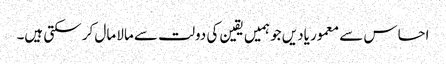
احساس سے معمور یادیں جو ہمیں یقین کی دولت سے مالا مال کر سکتی ہیں۔